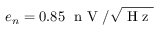
e _ { n } = 0 . 8 5 \; \mathrm { ~ n ~ V ~ } / \sqrt { \mathrm { ~ H ~ z ~ } }